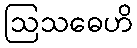
ဩသဓေဟိ